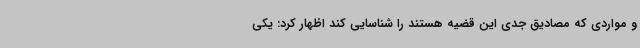
و مواردی که مصادیق جدی این قضیه هستند را شناسایی کند اظهار کرد: یکی